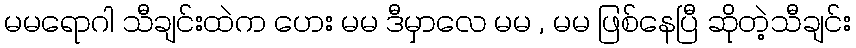
မမရောဂါ သီချင်းထဲက ဟေး မမ ဒီမှာလေ မမ , မမ ဖြစ်နေပြီ ဆိုတဲ့သီချင်း